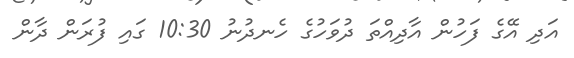
އަދި އޭގެ ފަހުން އާދިއްތަ ދުވަހުގެ ހެނދުނު 10:30 ގައި ފުރަން ދާން